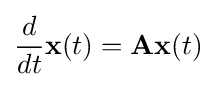
{\frac {d}{dt}}\mathbf {x} (t)=\mathbf {A} \mathbf {x} (t)